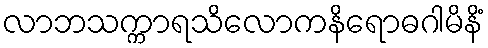
လာဘသက္ကာရသိလောကနိရောဓဂါမိနိံ